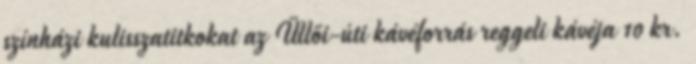
színházi kulisszatitkokat az Üllői-úti kávéforrás reggeli kávéja 10 kr.